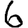
Digit: 6